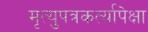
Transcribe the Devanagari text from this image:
मृत्युपत्रकर्त्यापेक्षा